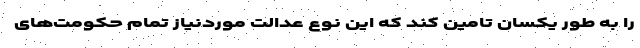
را به طور یکسان تامین کند که این نوع عدالت موردنیاز تمام حکومت‌های